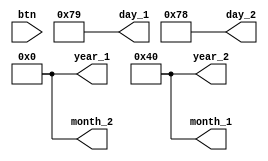
module dfg(
btn,          
year_1, 
year_2, 
month_1,
month_2,
day_1,  
day_2  
);

input  btn /* synthesis altera_chip_pin_lc="W15"                                altera_attribute = "-name IO_STANDARD \"3.3-V LVTTL\" " */;
output [6:0] year_1 /* synthesis altera_chip_pin_lc="AA25,AA26,AB26,AB27,Y27,AA28,V25" altera_attribute = "-name IO_STANDARD \"3.3-V LVTTL\" " */;
output [6:0] year_2 /* synthesis altera_chip_pin_lc="W25,V23,W24,W22,Y24,Y23,AA24"  altera_attribute = "-name IO_STANDARD \"3.3-V LVTTL\" " */;
output [6:0] month_1/* synthesis altera_chip_pin_lc="AB22,AB25,AB28,AC25,AD25,AC27,AD26" altera_attribute = "-name IO_STANDARD \"3.3-V LVTTL\" " */;
output [6:0] month_2/* synthesis altera_chip_pin_lc="AC30,AC29,AD30,AC28,AD29,AE29,AB23" altera_attribute = "-name IO_STANDARD \"3.3-V LVTTL\" " */;
output [6:0] day_1  /* synthesis altera_chip_pin_lc="AD27,AF30,AF29,AG30,AH30,AH29,AJ29" altera_attribute = "-name IO_STANDARD \"3.3-V LVTTL\" " */;
output [6:0] day_2  /* synthesis altera_chip_pin_lc="AH28,AG28,AF28,AG27,AE28,AE27,AE26" altera_attribute = "-name IO_STANDARD \"3.3-V LVTTL\" " */;

assign year_1  = 7'b0000000;
assign year_2  = 7'b1000000;
assign month_1 = 7'b1000000;
assign month_2 = 7'b0000000;
assign day_1   = 7'b1111001;
assign day_2   = 7'b1111000;


endmodule